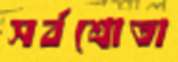
সর্বশ্রোতা